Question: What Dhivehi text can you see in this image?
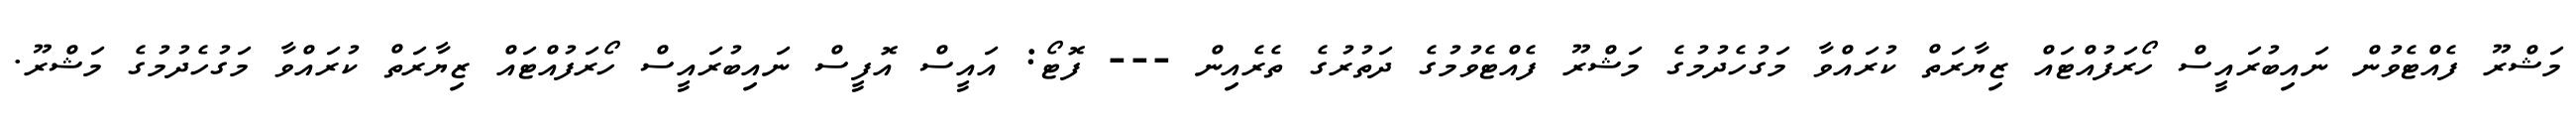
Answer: މަޝްރޫ ފެއްޓެވުން ނައިބުރައީސް ހޯރަފުއްޓައް ޒިޔާރަތް ކުރައްވާ މަގުހެދުމުގެ މަޝްރޫ ފެއްޓެވުމުގެ ދަތުރުގެ ތެރެއިން --- ފޮޓޯ: އައީސް އޮފީސް ނައިބުރައީސް ހޯރަފުއްޓައް ޒިޔާރަތް ކުރައްވާ މަގުހެދުމުގެ މަޝްރޫ.